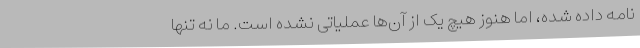
نامه داده شده، اما هنوز هیچ یک از آن‌ها عملیاتی نشده است. ما نه تنها